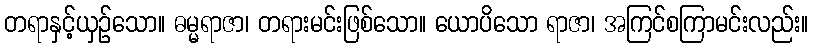
တရာနှင့်ယှဉ်သော။ ဓမ္မရာဇာ၊ တရားမင်းဖြစ်သော။ ယောပိသော ရာဇာ၊ အကြင်စကြာမင်းလည်း။